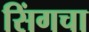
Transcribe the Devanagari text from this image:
सिंगचा